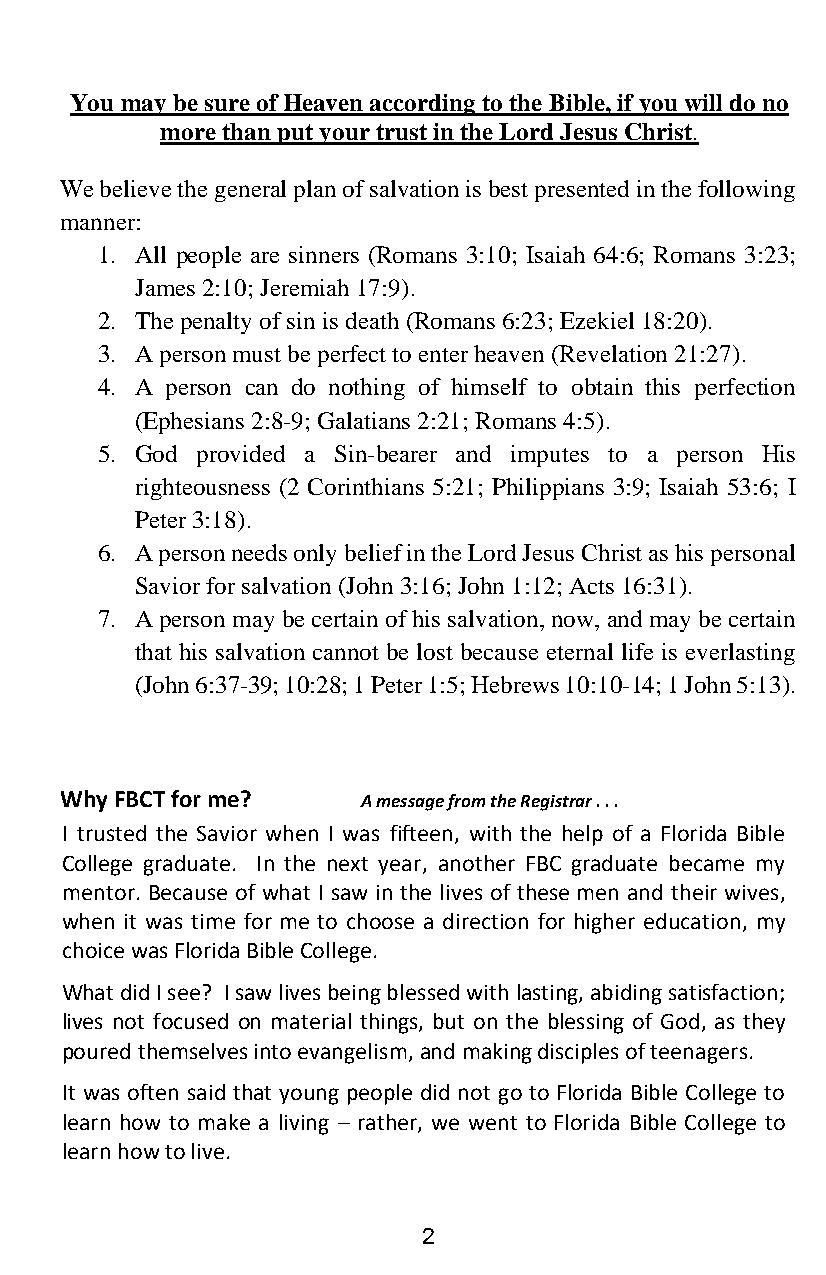
You may be sure of Heaven according to the Bible, if you will do no
 more than put your trust in the Lord Jesus Christ.
 We believe the general plan of salvation is best presented in the following
 manner:
 1. All people are sinners (Romans 3:10; Isaiah 64:6; Romans 3:23;
 James 2:10; Jeremiah 17:9).
 2. The penalty of sin is death (Romans 6:23; Ezekiel 18:20).
 3. A person must be perfect to enter heaven (Revelation 21:27).
 4. A person can do nothing of himself to obtain this perfection
 (Ephesians 2:8-9; Galatians 2:21; Romans 4:5).
 5. God provided a Sin-bearer and imputes to a person His
 righteousness (2 Corinthians 5:21; Philippians 3:9; Isaiah 53:6; I
 Peter 3:18).
 6. A person needs only belief in the Lord Jesus Christ as his personal
 Savior for salvation (John 3:16; John 1:12; Acts 16:31).
 7. A person may be certain of his salvation, now, and may be certain
 that his salvation cannot be lost because eternal life is everlasting
 (John 6:37-39; 10:28; 1 Peter 1:5; Hebrews 10:10-14; 1 John 5:13).
 Why FBCT for me?    A message from the Registrar . . .
 I trusted the Savior when I was fifteen, with the help of a Florida Bible
 College graduate. In the next year, another FBC graduate became my
 mentor. Because of what I saw in the lives of these men and their wives,
 when it was time for me to choose a direction for higher education, my
 choice was Florida Bible College.
 What did I see? I saw lives being blessed with lasting, abiding satisfaction;
 lives not focused on material things, but on the blessing of God, as they
 poured themselves into evangelism, and making disciples of teenagers.
 It was often said that young people did not go to Florida Bible College to
 learn how to make a living – rather, we went to Florida Bible College to
 learn how to live.
 2